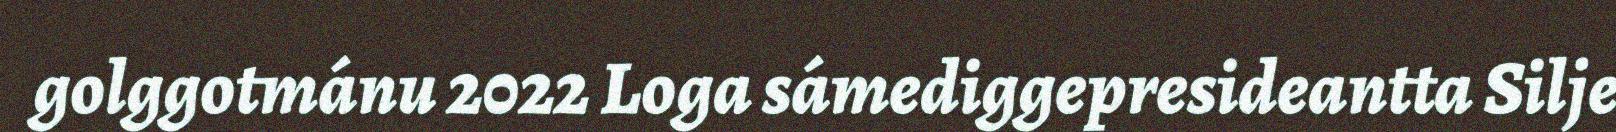
golggotmánu 2022 Loga sámediggepresideantta Silje